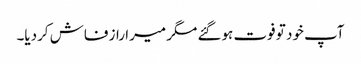
آپ خود تو فوت ہوگئے مگر میرا راز فاش کردیا۔